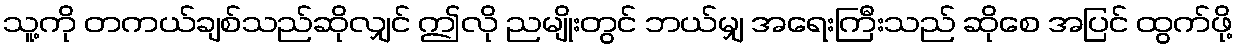
သူ့ကို တကယ်ချစ်သည်ဆိုလျှင် ဤလို ညမျိုးတွင် ဘယ်မျှ အရေးကြီးသည် ဆိုစေ အပြင် ထွက်ဖို့